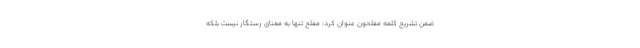
ضمن تشریح کلمه مفلحون عنوان کرد: مفلح تنها به معنای رستگار نیست بلکه